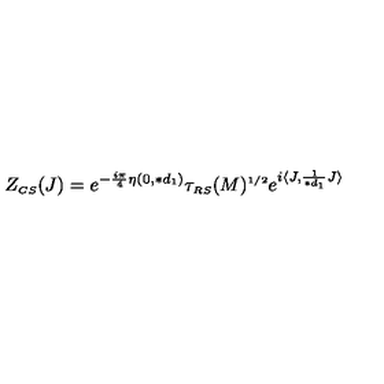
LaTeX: Z _ { \scriptscriptstyle C S } ( J ) = e ^ { - \frac { i \pi } { 4 } \eta ( 0 , \ast d _ { \scriptscriptstyle 1 } ) } \tau _ { \scriptscriptstyle R S } ( M ) ^ { \scriptscriptstyle 1 / 2 } e ^ { i \langle J , \frac { 1 } { \ast d _ { \scriptscriptstyle 1 } } J \rangle }